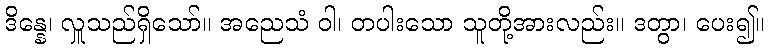
ဒိန္နေ၊ လှူသည်ရှိသော်။ အညေသံ ဝါ၊ တပါးသော သူတို့အားလည်း။ ဒတွာ၊ ပေး၍။